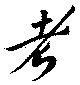
考